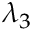
\lambda _ { 3 }